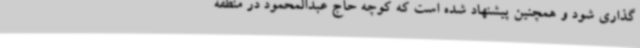
گذاری شود و همچنین پیشنهاد شده است که کوچه حاج عبدالمحمود در منطقه